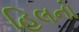
હિલનો